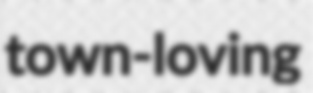
town-loving